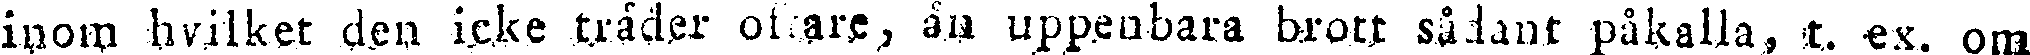
inom hvilket den icke träder oftare, än uppenbara brott sådant påkalla, t. ex. om